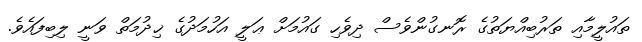
ތައުލީމާއި ތަރުބިއްޔަތުގެ ރޮނގުންވެސް ދިވެހި ގައުމަށް ޢަލީ އަހުމަދުގެ ޚިދުމަތް ވަނީ ލިބިފައެވެ.